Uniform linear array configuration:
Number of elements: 32
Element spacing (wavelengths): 0.5
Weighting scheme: uniform
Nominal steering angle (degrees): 0
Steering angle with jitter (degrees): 1.359
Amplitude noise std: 0.05
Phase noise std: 0.05

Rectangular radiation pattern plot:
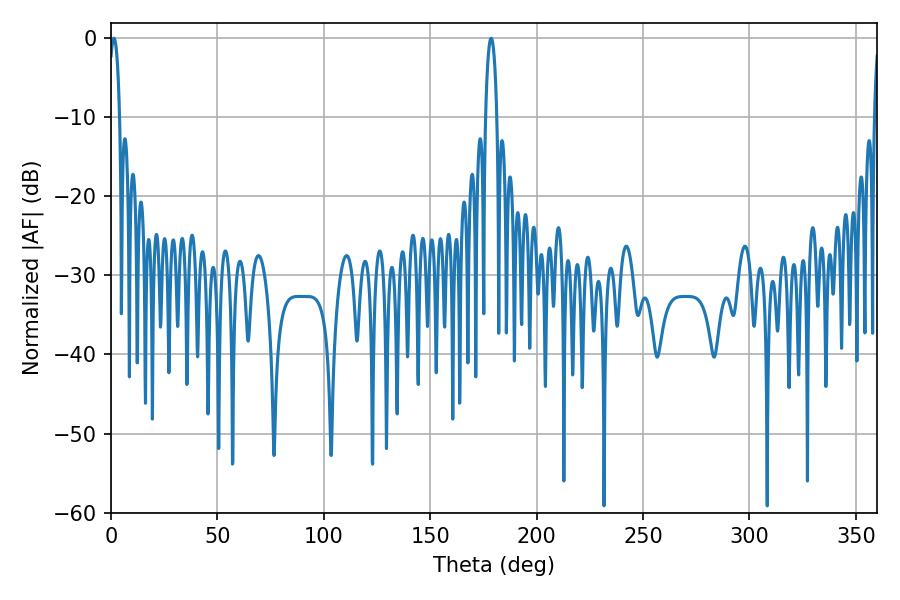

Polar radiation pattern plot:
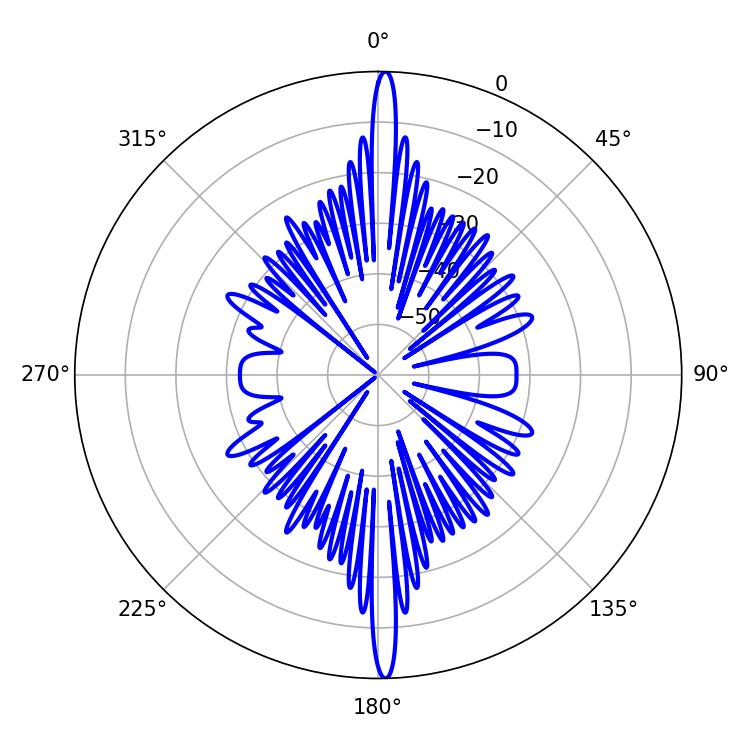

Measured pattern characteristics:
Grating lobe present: FALSE
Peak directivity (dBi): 28.038
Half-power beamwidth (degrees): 2.88
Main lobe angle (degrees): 1.44